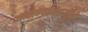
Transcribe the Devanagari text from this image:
आरोग्यविषयीचे